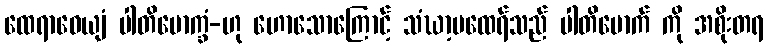
ထေရာဓေယျံ ပါတိမောက္ခံ-ဟု ဟောသောကြောင့် သံဃာ့မထေရ်သည် ပါတိမောက် ကို အစိုးတရ